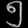
Digit: ၅